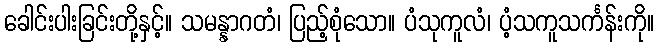
ခေါင်းပါးခြင်းတို့နှင့်။ သမန္နာဂတံ၊ ပြည့်စုံသော။ ပံသုကူလံ၊ ပံ့သကူသင်္ကန်းကို။